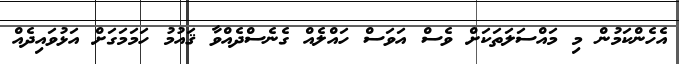
އެހެންކަމުން މި މައްސަލަތަކަށް ވެސް އަވަސް ހައްލެއް ގެނެސްދެއްވާ ޤައުމު ހަމަމަގަށް އަޅުވައިދެއް